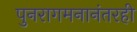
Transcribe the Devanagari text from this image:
पुनरागमनानंतरही